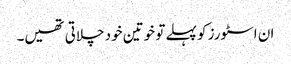
ان اسٹورز کو پہلے تو خوتین خود چلاتی تھیں۔